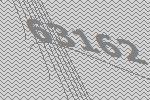
63162